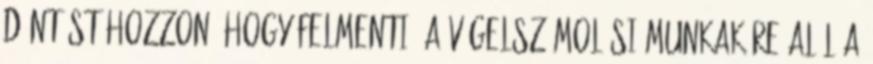
döntést hozzon, hogy felmenti, a végelszámolási munkaköre alól a